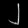
Digit: ၂